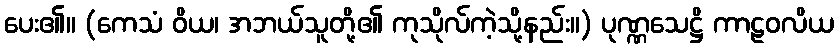
ပေး၏။ (ကေသံ ဝိယ၊ အဘယ်သူတို့၏ ကုသိုလ်ကဲ့သို့နည်း။) ပုဏ္ဏသေဋ္ဌိ ကာဠဝလိယ